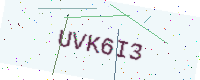
Text: UVK6I3